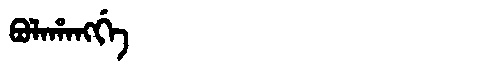
Manchu: ᠪᠣᠯᠠᡥᠠᠩᡤᡝ
Romanization: BOLAHANGGE